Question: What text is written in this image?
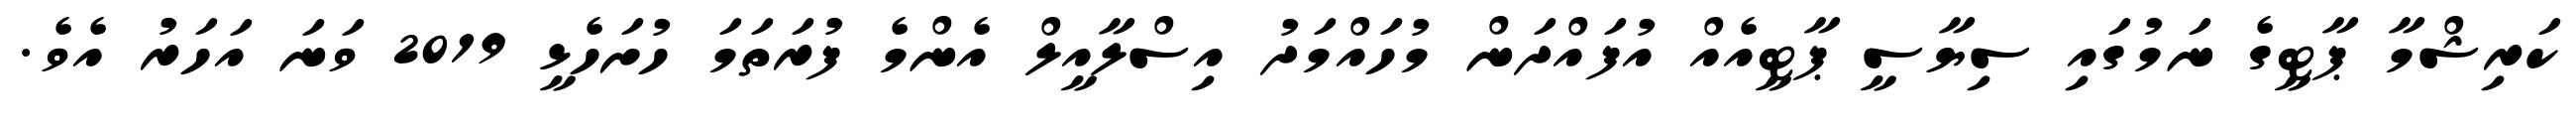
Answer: ކަރިޝްމާ ޕާޓީގެ ނަމުގައި ސިޔާސީ ޕާޓީއެއް އުފައްދަން މުހައްމަދު އިސްލާއީލް އެންމެ ފުރަތަމަ ހުށަހެޅީ 2019 ވަނަ އަހަރު އެވެ.